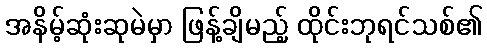
အနိမ့်ဆုံးဆုမဲမှာ ဖြန့်ချိမည့် ထိုင်းဘုရင်သစ်၏